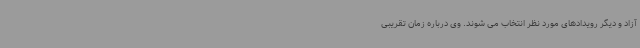
آزاد و دیگر رویدادهای مورد نظر انتخاب می شوند. وی درباره زمان تقریبی